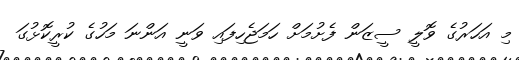
މި އަހަރުގެ ވޮލީ ސީޒަން ފެށުމަށް ހަމަޖެހިފައި ވަނީ އަންނަ މަހުގެ ކުރީކޮޅުގަ